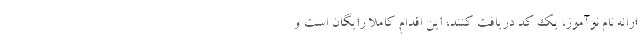
ارائه نام نوآموز، یک کد دریافت کنند، این اقدام کاملا رایگان است و